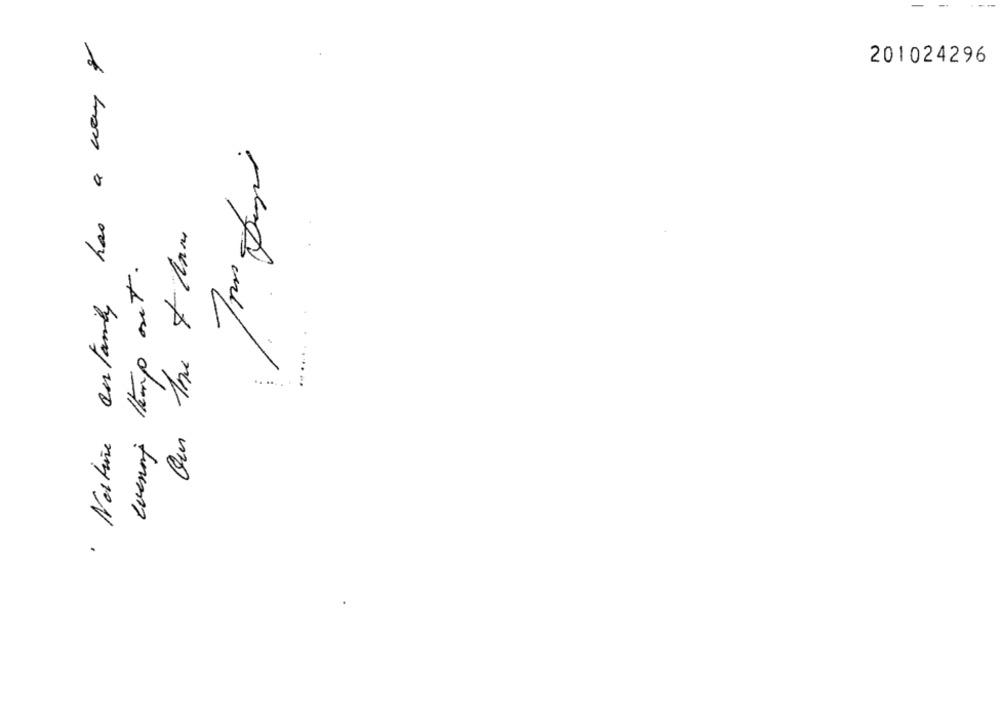
· Nostine certainty has a way of
201024296
evening themp out.